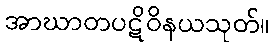
အာဃာတပဋိဝိနယသုတ်။